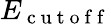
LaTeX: E_{\mathrm{~c~u~t~o~f~f~}}